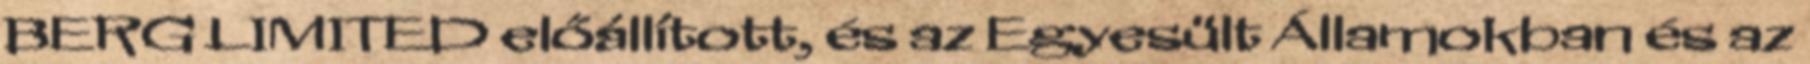
BERG LIMITED előállított, és az Egyesült Államokban és az